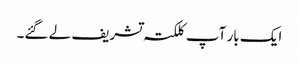
ایک بار آپ کلکتہ تشریف لے گئے۔